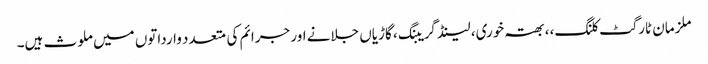
ملزمان ٹارگٹ کلنگ،، بھتہ خوری، لینڈ گریبنگ، گاڑیاں جلانے اور جرائم کی متعدد وارداتوں میں ملوث ہیں۔